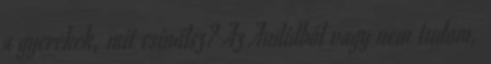
a gyerekek, mit csinálsz? Az Audidból vagy nem tudom,